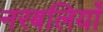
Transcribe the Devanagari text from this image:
नरबलियाँ